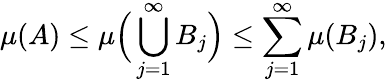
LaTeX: \mu(A)\leq\mu{\Big(}\bigcup_{j=1}^{\infty}B_{j}{\Big)}\leq\sum_{j=1}^{\infty}\mu(B_{j}),